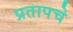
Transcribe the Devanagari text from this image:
प्रतापचे